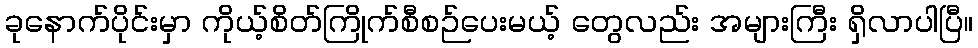
ခုနောက်ပိုင်းမှာ ကိုယ့်စိတ်ကြိုက်စီစဉ်ပေးမယ့် တွေလည်း အများကြီး ရှိလာပါပြီ။